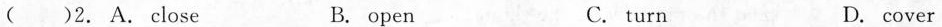
( )2.A. close B. open C. turn D. cover